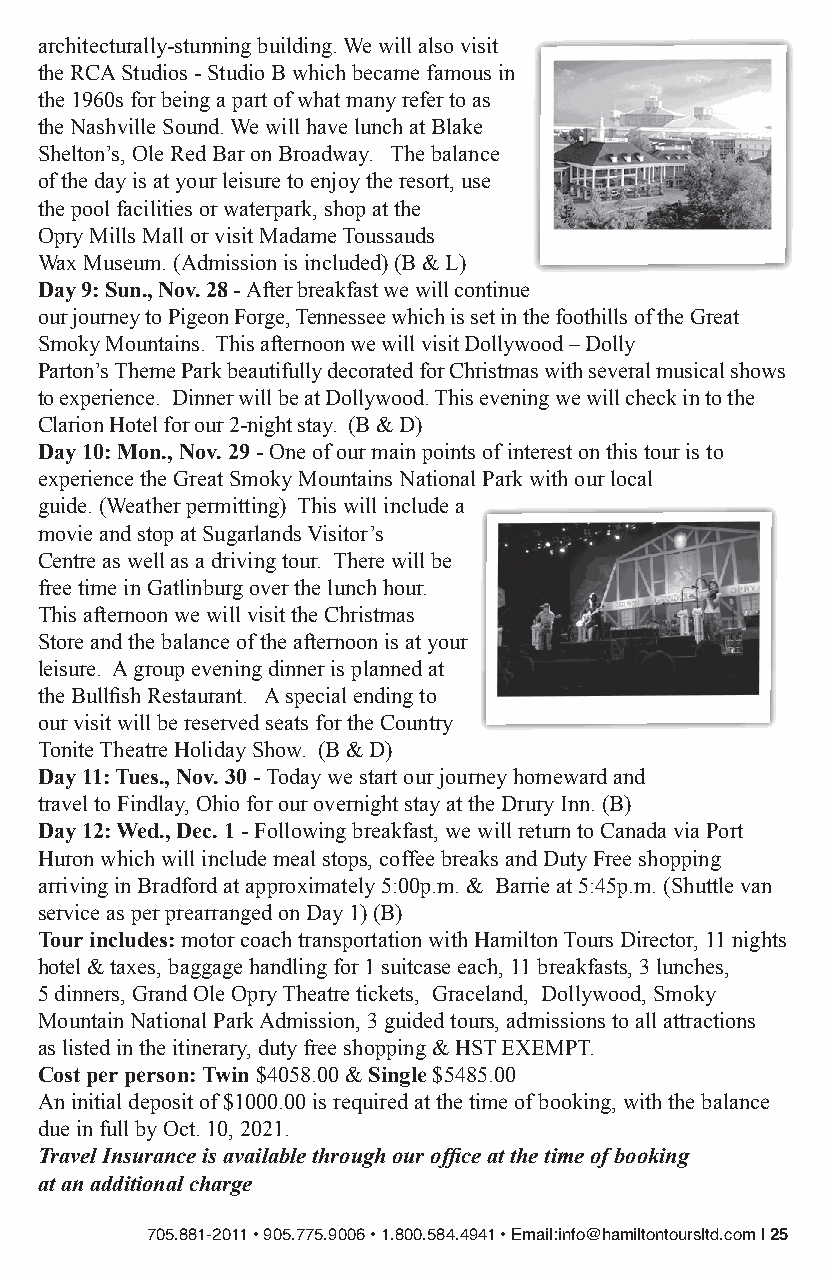
architecturally-stunning building. We will also visit
 the RCA Studios - Studio B which became famous in
 the 1960s for being a part of what many refer to as
 the Nashville Sound. We will have lunch at Blake
 Shelton’s, Ole Red Bar on Broadway. The balance
 of the day is at your leisure to enjoy the resort, use
 the pool facilities or waterpark, shop at the
 Opry Mills Mall or visit Madame Toussauds
 Wax Museum. (Admission is included) (B & L)
 Day 9: Sun., Nov. 28 - After breakfast we will continue
 our journey to Pigeon Forge, Tennessee which is set in the foothills of the Great
 Smoky Mountains. This afternoon we will visit Dollywood – Dolly
 Parton’s Theme Park beautifully decorated for Christmas with several musical shows
 to experience. Dinner will be at Dollywood. This evening we will check in to the
 Clarion Hotel for our 2-night stay. (B & D)
 Day 10: Mon., Nov. 29 - One of our main points of interest on this tour is to
 experience the Great Smoky Mountains National Park with our local
 guide. (Weather permitting) This will include a
 movie and stop at Sugarlands Visitor’s
 Centre as well as a driving tour. There will be
 free time in Gatlinburg over the lunch hour.
 This afternoon we will visit the Christmas
 Store and the balance of the afternoon is at your
 leisure. A group evening dinner is planned at
 the Bullfish Restaurant. A special ending to
 our visit will be reserved seats for the Country
 Tonite Theatre Holiday Show. (B & D)
 Day 11: Tues., Nov. 30 - Today we start our journey homeward and
 travel to Findlay, Ohio for our overnight stay at the Drury Inn. (B)
 Day 12: Wed., Dec. 1 - Following breakfast, we will return to Canada via Port
 Huron which will include meal stops, coffee breaks and Duty Free shopping
 arriving in Bradford at approximately 5:00p.m. & Barrie at 5:45p.m. (Shuttle van
 service as per prearranged on Day 1) (B)
 Tour includes: motor coach transportation with Hamilton Tours Director, 11 nights
 hotel & taxes, baggage handling for 1 suitcase each, 11 breakfasts, 3 lunches,
 5 dinners, Grand Ole Opry Theatre tickets, Graceland, Dollywood, Smoky
 Mountain National Park Admission, 3 guided tours, admissions to all attractions
 as listed in the itinerary, duty free shopping & HST EXEMPT.
 Cost per person: Twin $4058.00 & Single $5485.00
 An initial deposit of $1000.00 is required at the time of booking, with the balance
 due in full by Oct. 10, 2021.
 Travel Insurance is available through our office at the time of booking
 at an additional charge
 705.881-2011 • 905.775.9006 • 1.800.584.4941 • Email:info@hamiltontoursltd.com | 25